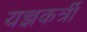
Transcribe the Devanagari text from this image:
यज्ञकर्त्री